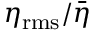
\eta _ { \mathrm { r m s } } / \bar { \eta }